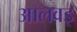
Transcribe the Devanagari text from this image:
आलवइ